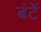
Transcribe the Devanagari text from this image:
बंटें